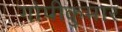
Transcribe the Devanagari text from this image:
गोपीकुमार